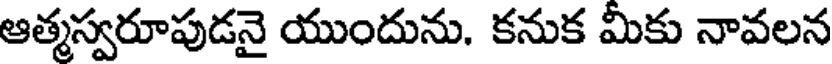
ఆత్మస్వరూపుడనై యుందును. కనుక మీకు నావలన